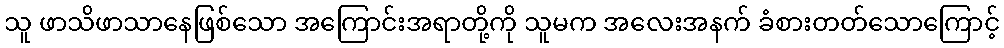
သူ ဖာသိဖာသာနေဖြစ်သော အကြောင်းအရာတို့ကို သူမက အလေးအနက် ခံစားတတ်သောကြောင့်